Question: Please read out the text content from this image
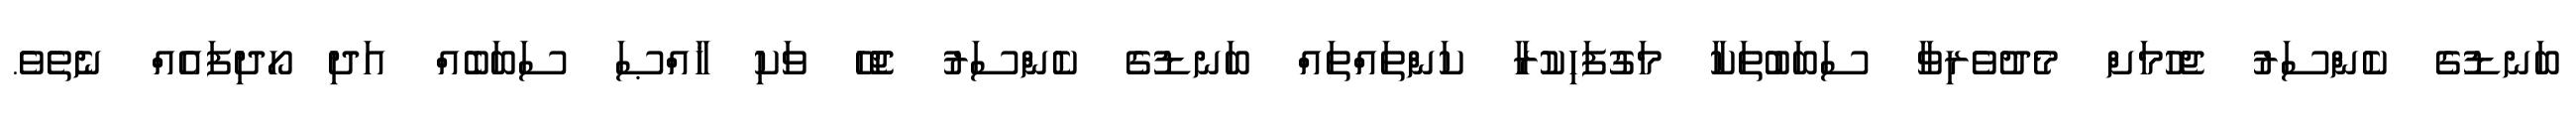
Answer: ބަނޑުގެ ކެންސަރު ޖެހުމަށް މެދުވެރިވާ ސަބަބުތަކާ މަގުފަހިކުރާ ކަންތައްތައް ބަނޑުގެ ކެންސަރު ޖެހޭ ވަކި ޚާއްޞަ ސަބަބެއް އަދި ހޯދިފައެއް ނެތެވެ.